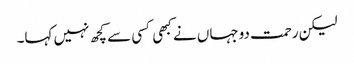
لیکن رحمت دوجہاں نے کبھی کسی سے کچھ نہیں کہا۔